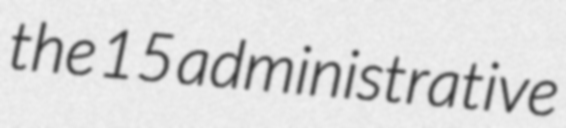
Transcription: the 15 administrative